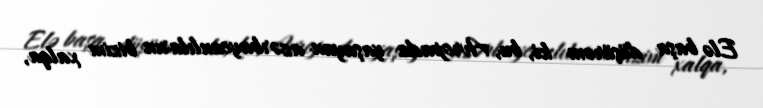
Elə başa düşürəm ki, bu, Avropada yaşayan azərbaycanlıların bizim xalqa,